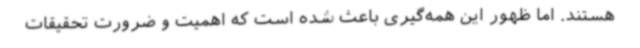
هستند. اما ظهور این همه‌گیری باعث شده است که اهمیت و ضرورت تحقیقات